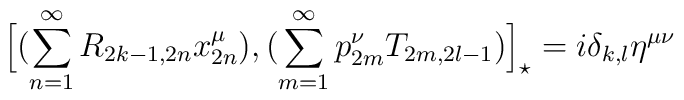
\Big[(\sum^{\infty}_{n=1}R_{2k-1,2n}x_{2n}^{\mu}),(\sum^{\infty}_{m=1}p^{\nu}_{2m}T_{2m,2l-1})\Big]_{\star}=i\delta_{k,l}\eta^{\mu\nu}